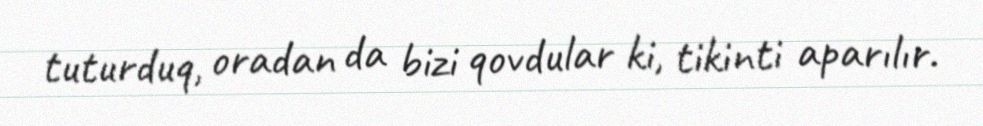
tuturduq, oradan da bizi qovdular ki, tikinti aparılır.